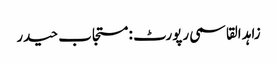
زاہد القاسمی رپورٹ : مستجاب حیدر